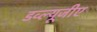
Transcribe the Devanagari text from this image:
डव्ल्यूजीए